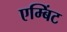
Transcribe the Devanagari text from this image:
एम्बिंट